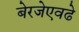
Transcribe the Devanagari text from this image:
बेरजेएवढे